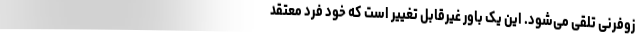
زوفرنی تلقی می‌شود. این یک باور غیرقابل تغییر است که خود فرد معتقد